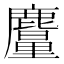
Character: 𪋠